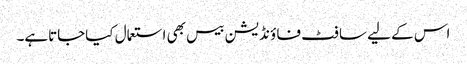
اس کے لیے سا فٹ فا ؤنڈیشن بیس بھی استعمال کیاجاتاہے۔